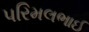
પરિમલભાઈ